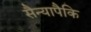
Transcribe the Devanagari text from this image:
सैन्यापैकि